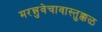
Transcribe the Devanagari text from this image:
मरन्नुवेचावास्तुक्कळ